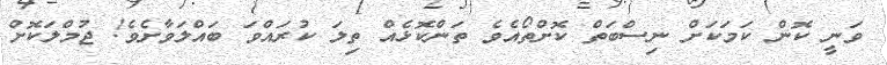
ވަނީ ކޮން ކަމަކަށް ނިސްބަތް ކޮށްތޯއެވެ ތަންކޮޅެއް ތިލަ ކުރައްވަ ބައްލަވާށެވެ! ޖުމްލަކޮށް